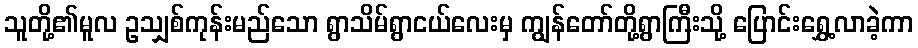
သူတို့၏မူလ ဥသျှစ်ကုန်းမည်သော ရွာသိမ်ရွာငယ်လေးမှ ကျွန်တော်တို့ရွာကြီးသို့ ပြောင်းရွှေ့လာခဲ့ကာ